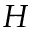
H